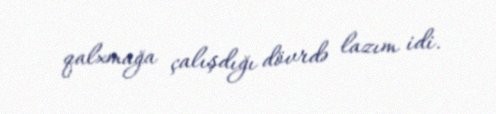
qalxmağa çalışdığı dövrdə lazım idi.